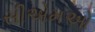
સીએમઓ